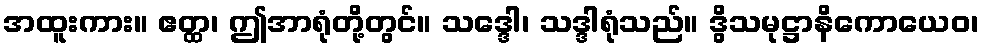
အထူးကား။ ဧတ္ထ၊ ဤအာရုံတို့တွင်။ သဒ္ဒေါ၊ သဒ္ဒါရုံသည်။ ဒွိသမုဋ္ဌာနိကောယေဝ၊